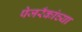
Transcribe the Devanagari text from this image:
पेजरँकांच्या